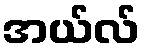
အယ်လ်